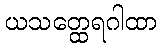
ယသတ္ထေရဂါထာ